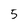
Character: 5